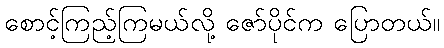
စောင့်ကြည့်ကြမယ်လို့ ဇော်ပိုင်က ပြောတယ်။